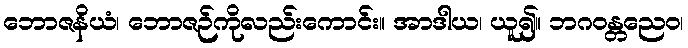
ဘောဇနိယံ၊ ဘောဇဉ်ကိုလည်းကောင်း။ အာဒါယ၊ ယူ၍။ ဘဂဝန္တညေဝ၊